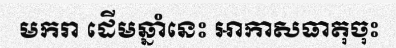
មករា ដើមឆ្នាំនេះ អាកាសធាតុចុះ